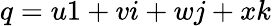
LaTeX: q=u1+vi+wj+xk